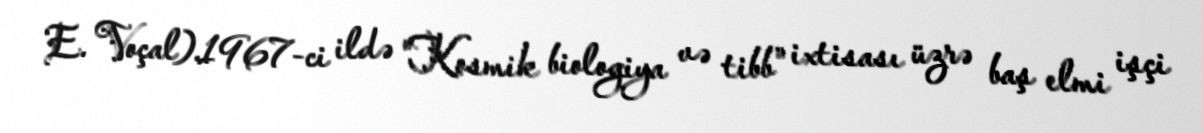
E. Voçal).1967-ci ildə "Kosmik biologiya və tibb" ixtisası üzrə baş elmi işçi